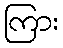
ကြား